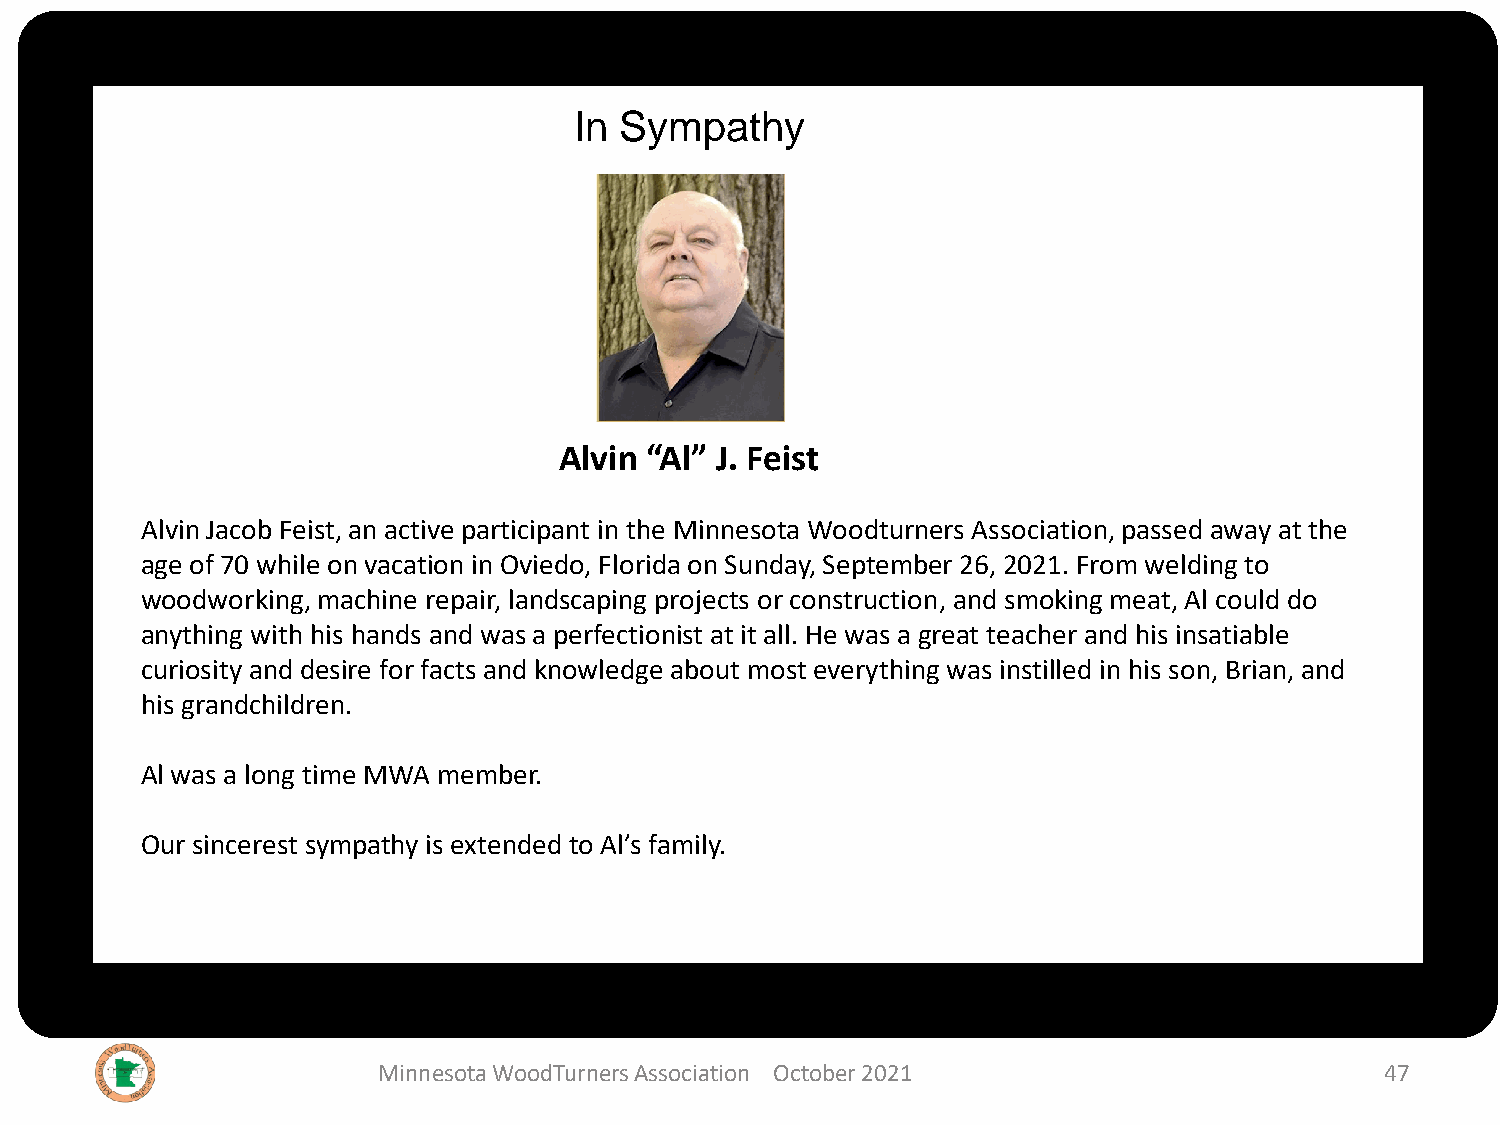
In Sympathy
 Alvin “Al” J. Feist
 Alvin Jacob Feist, an active participant in the Minnesota Woodturners Association, passed away at the
 age of 70 while on vacation in Oviedo, Florida on Sunday, September 26, 2021. From welding to
 woodworking, machine repair, landscaping projects or construction, and smoking meat, Al could do
 A
 anything with his hands and was a perfectionist at it all. He was a great teacher and his insatiable
 curiosity and desire for facts and knowledge about most everything was instilled in his son, Brian, and
 his grandchildren.
 Al was a long time MWA member.
 Our sincerest sympathy is extended to Al’s family.
 Minnesota WoodTurners Association October 2021                     47